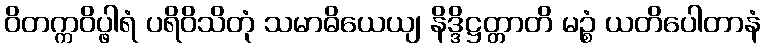
ဝိတက္ကဝိပ္ဖါရံ ပရိဝိသိတုံ သမာဓိယေယျ နိဒ္ဒိဋ္ဌတ္တာတိ မဉ္စံ ယတိပေါတာနံ